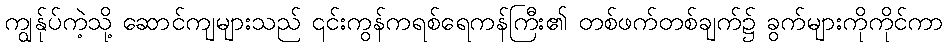
ကျွန်ုပ်ကဲ့သို့ ဆောင်ကျများသည် ၎င်းကွန်ကရစ်ရေကန်ကြီး၏ တစ်ဖက်တစ်ချက်၌ ခွက်များကိုကိုင်ကာ